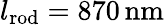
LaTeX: l_{\mathrm{rod}}=870\, \mathrm{nm}